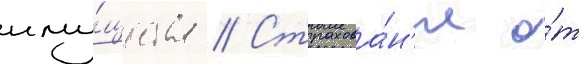
иму́щества // Страхова́н'ие о́т